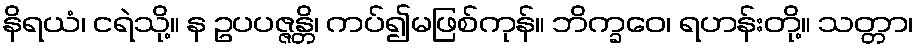
နိရယံ၊ ငရဲသို့။ န ဥပပဇ္ဇန္တိ၊ ကပ်၍မဖြစ်ကုန်။ ဘိက္ခဝေ၊ ရဟန်းတို့။ သတ္တာ၊